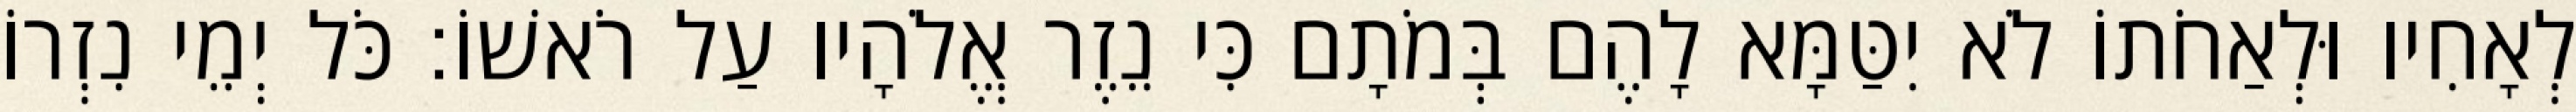
לְאָחִיו וּלְאַחֹתוֹ לֹא יִטַּמָּא לָהֶם בְּמֹתָם כִּי נֵזֶר אֱלֹהָיו עַל רֹאשׁוֹ׃ כֹּל יְמֵי נִזְרוֹ